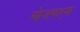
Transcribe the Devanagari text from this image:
मोजणार्‍या